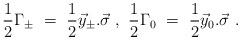
LaTeX: \begin{align*}\frac{1}{2}\Gamma_\pm \ =\ \frac{1}{2}\vec{y}_\pm .\vec{\sigma} \ ,\ \frac{1}{2}\Gamma_0 \ =\ \frac{1}{2}\vec{y}_0.\vec{\sigma} \ .\end{align*}